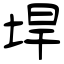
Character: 垾